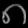
Digit: ၈